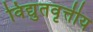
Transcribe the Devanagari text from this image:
विद्युतवृत्तीय